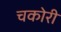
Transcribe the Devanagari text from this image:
चकोरी